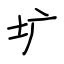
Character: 圹